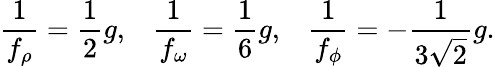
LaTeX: {\frac{1}{f_{\rho}}}={\frac{1}{2}}g,\; \; \; {\frac{1}{f_{\omega}}}={\frac{1}{6}}g,\; \; \; {\frac{1}{f_{\phi}}}=-{\frac{1}{3\sqrt{2}}}g.